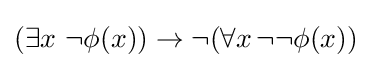
(\exists x\ \neg \phi (x))\to \neg (\forall x\,\neg \neg \phi (x))